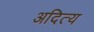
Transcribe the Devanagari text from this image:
अदित्य